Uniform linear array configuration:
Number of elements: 64
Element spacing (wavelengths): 0.5
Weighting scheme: kaiser
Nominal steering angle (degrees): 30
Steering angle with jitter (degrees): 31.765
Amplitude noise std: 0.05
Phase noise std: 0.05

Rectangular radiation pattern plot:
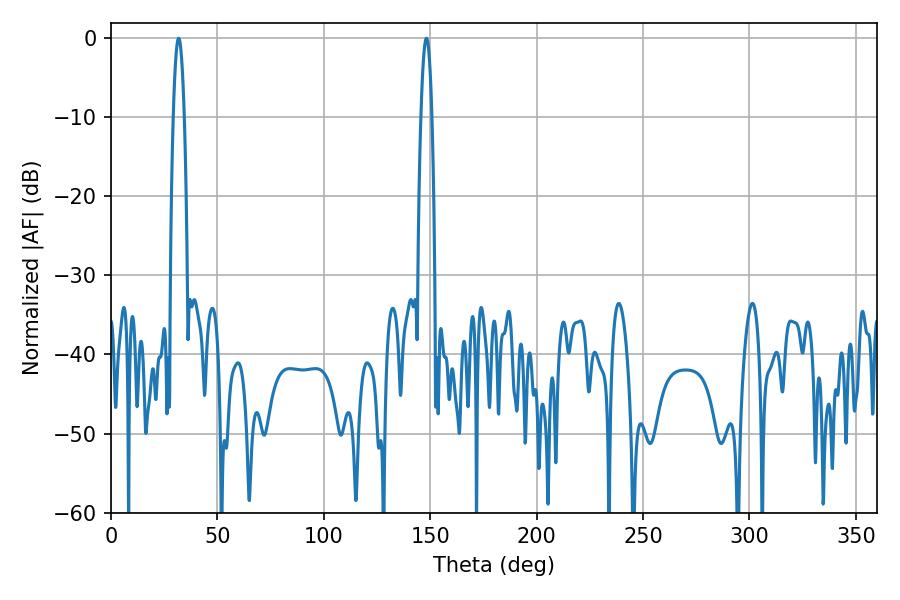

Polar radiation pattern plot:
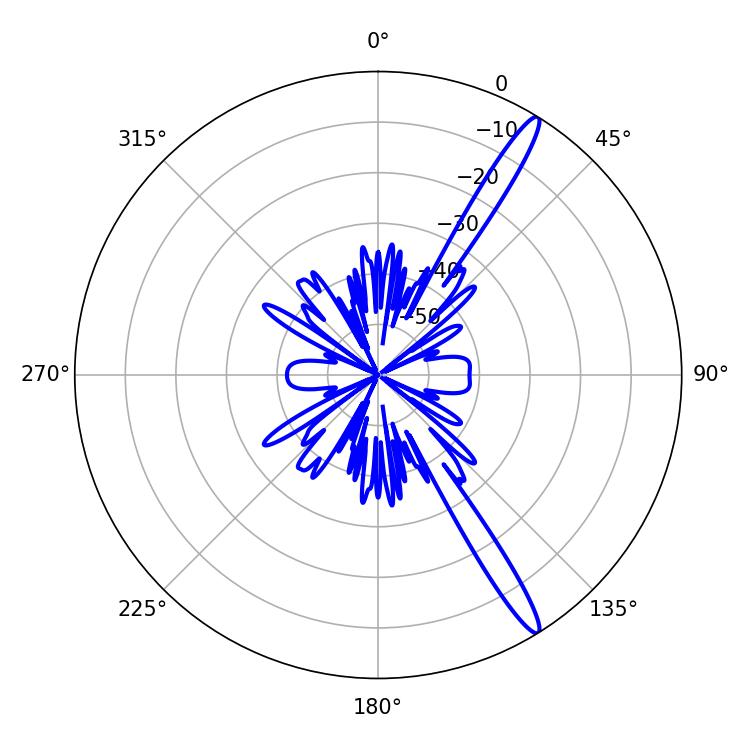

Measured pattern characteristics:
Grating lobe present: FALSE
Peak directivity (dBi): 15.444
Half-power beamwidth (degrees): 2.7
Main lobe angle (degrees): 31.86